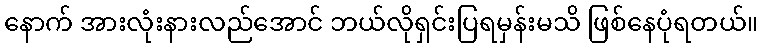
နောက် အားလုံးနားလည်အောင် ဘယ်လိုရှင်းပြရမှန်းမသိ ဖြစ်နေပုံရတယ်။